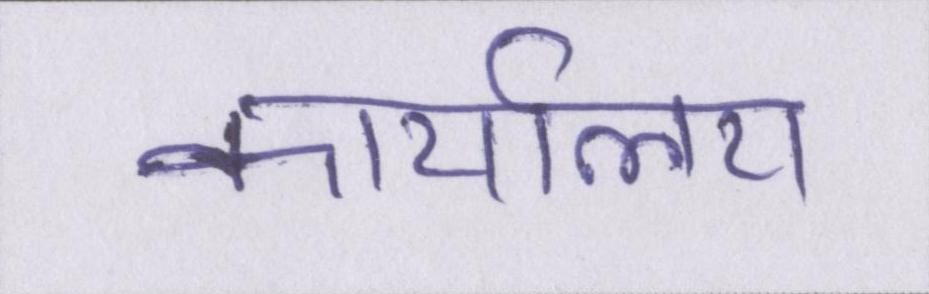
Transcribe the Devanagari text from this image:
कार्यालय